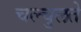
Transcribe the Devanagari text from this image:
चल्चुलते